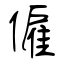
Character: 僱